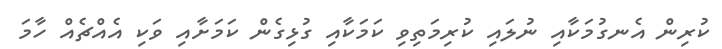
ކުރިން އެނގުމަކާއި ނުލައި ކުރިމަތިވި ކަމަކާއި ގުޅިގެން ކަމަށާއި ވަކި އެއްޗެއް ހާމަ